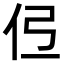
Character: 𫢏